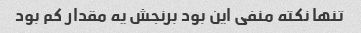
تنها نکته منفی این بود برنجش یه مقدار کم بود